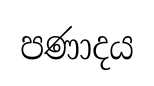
පණාදය